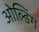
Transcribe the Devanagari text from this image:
ओल्डिंग